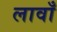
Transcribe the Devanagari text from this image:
लावाँ